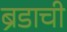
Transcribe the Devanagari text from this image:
ब्रँडाची